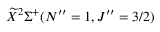
\widetilde { X } ^ { 2 } \Sigma ^ { + } ( N ^ { \prime \prime } = 1 , J ^ { \prime \prime } = 3 / 2 )